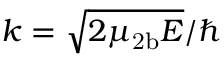
k = \sqrt { 2 \mu _ { \mathrm { 2 b } } E } / \hbar